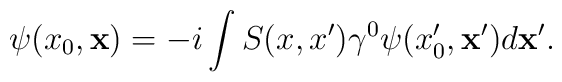
\psi(x_0,{\bf x})=-i\int S(x,x')\gamma^0\psi(x'_0,{\bf x'})d{\bf x}'.